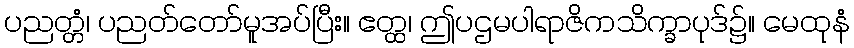
ပညတ္တံ၊ ပညတ်တော်မူအပ်ပြီး။ ဧတ္ထ၊ ဤပဌမပါရာဇိကသိက္ခာပုဒ်၌။ မေထုနံ